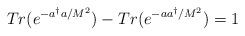
LaTeX: \begin{align*}Tr(e^{-a^{\dagger}a/M^{2}}) - Tr(e^{-aa^{\dagger}/M^{2}}) = 1\end{align*}